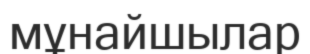
мұнайшылар